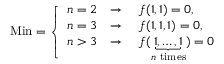
{ \mathrm { M i n } } = { \left\{ \begin{array} { l l } { n = 2 } & { \rightarrow \quad f ( 1 , 1 ) = 0 , } \\ { n = 3 } & { \rightarrow \quad f ( 1 , 1 , 1 ) = 0 , } \\ { n > 3 } & { \rightarrow \quad f ( \underbrace { 1 , \dots , 1 } _ { n { \mathrm { ~ t i m e s } } } ) = 0 } \end{array} \right. }